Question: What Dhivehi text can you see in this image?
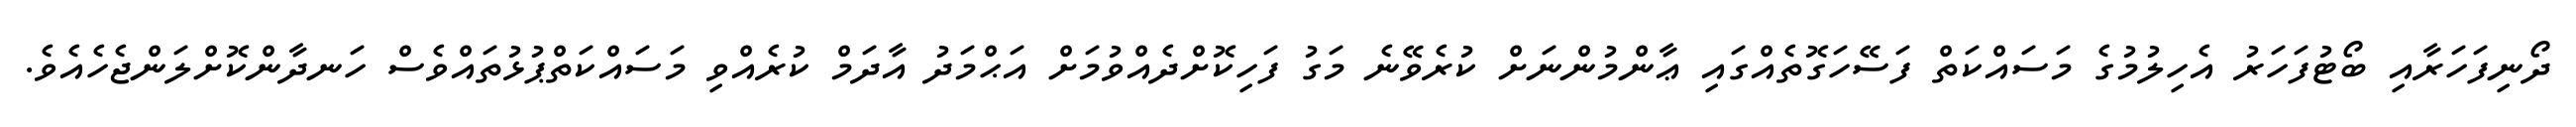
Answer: ދޯނިފަހަރާއި ބޯޓުފަހަރު އެހިލުމުގެ މަސައްކަތް ފަސޭހަގޮތެއްގައި ޢާންމުންނަށް ކުރެވޭނެ މަގު ފަހިކޮށްދެއްވުމަށް އަޙްމަދު އާދަމް ކުރެއްވި މަސައްކަތްޕުޅުތައްވެސް ހަނދާންކޮށްލަންޖެހެއެވެ.